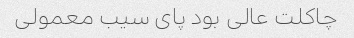
چاکلت عالی بود پای سیب معمولی